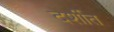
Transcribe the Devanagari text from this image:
दर्शीत